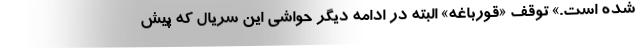
شده است.» توقف «قورباغه» البته در ادامه دیگر حواشی این سریال که پیش